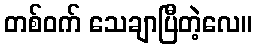
တစ်ဝက် သေချာပြီတဲ့လေ။